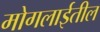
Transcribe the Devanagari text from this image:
मोगलाईतील